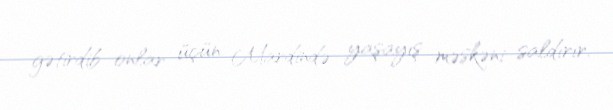
gətirdib onlar üçün Mardində yaşayış məskəni saldırır.